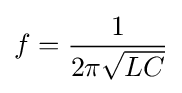
f={\frac {1}{2\pi {\sqrt {LC}}}}